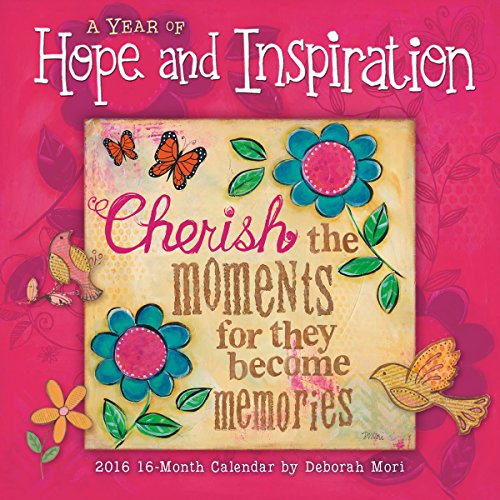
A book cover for Year of Hope and Inspiration 2016 Wall Calendar; Deb Mori; Calendars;